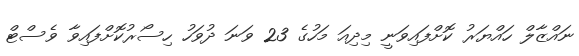
ނައްޒާލް ހައްޔަރު ކޮށްފައިވަނީ މިދިއަ މަހުގެ 23 ވަނަ ދުވަހު ހިސޯރުކޮށްފައިވާ ވެސްޓް